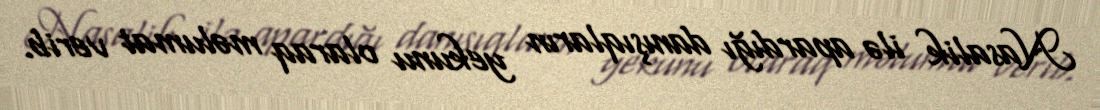
Nasalik ilə apardığı danışıqların yekunu olaraq məlumat verib.